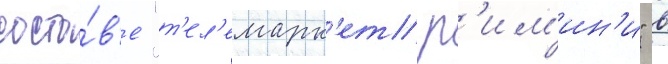
соста́в'е "т'ел'емарк'ет р'им'ин'и" в